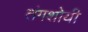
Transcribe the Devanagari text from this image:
तंगशोयी